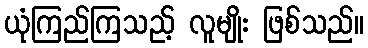
ယုံကြည်ကြသည့် လူမျိုး ဖြစ်သည်။